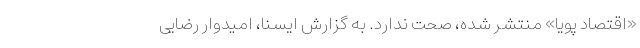
«اقتصاد پویا» منتشر شده، صحت ندارد. به گزارش ایسنا، امیدوار رضایی